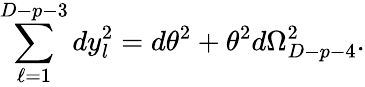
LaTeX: \sum_{\ell=1}^{D-p-3}dy_{l}^{2}=d\theta^{2}+\theta^{2}d\Omega_{D-p-4}^{2}.